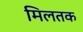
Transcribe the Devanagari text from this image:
मिलतक